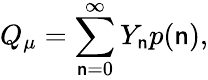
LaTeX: Q_{\mu}=\sum_{\mathsf{n}=0}^{\infty}Y_{\mathsf{n}}p(\mathsf{n}),